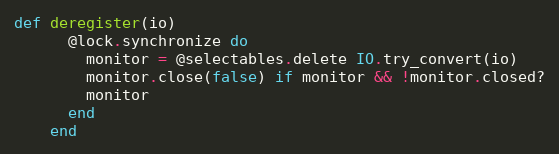
Language: Ruby
def deregister(io)
      @lock.synchronize do
        monitor = @selectables.delete IO.try_convert(io)
        monitor.close(false) if monitor && !monitor.closed?
        monitor
      end
    end